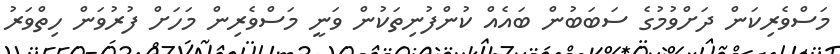
މަސްވެރިކަން ދަށްވުމުގެ ސަބަބުން ބައެއް ކުންފުނިތަކުން ވަނީ މަސްވެރިން މަހަށް ފުރުވަން ހިތްވަރު